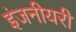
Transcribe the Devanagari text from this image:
इंजनीयरी